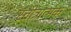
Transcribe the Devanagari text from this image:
स्तोत्रात्मक